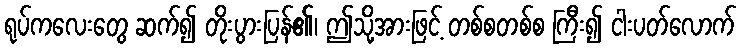
ရုပ်ကလေးတွေ ဆက်၍ တိုးပွားပြန်၏၊ ဤသို့အားဖြင့် တစ်စတစ်စ ကြီး၍ ငါးပတ်လောက်